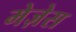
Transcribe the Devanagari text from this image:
मेज़ेस